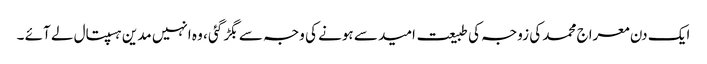
ایک دن معراج محمد کی زوجہ کی طبیعت امید سے ہونے کی وجہ سے بگڑ گئی ، وہ انہیں مدین ہسپتال لے آئے ۔